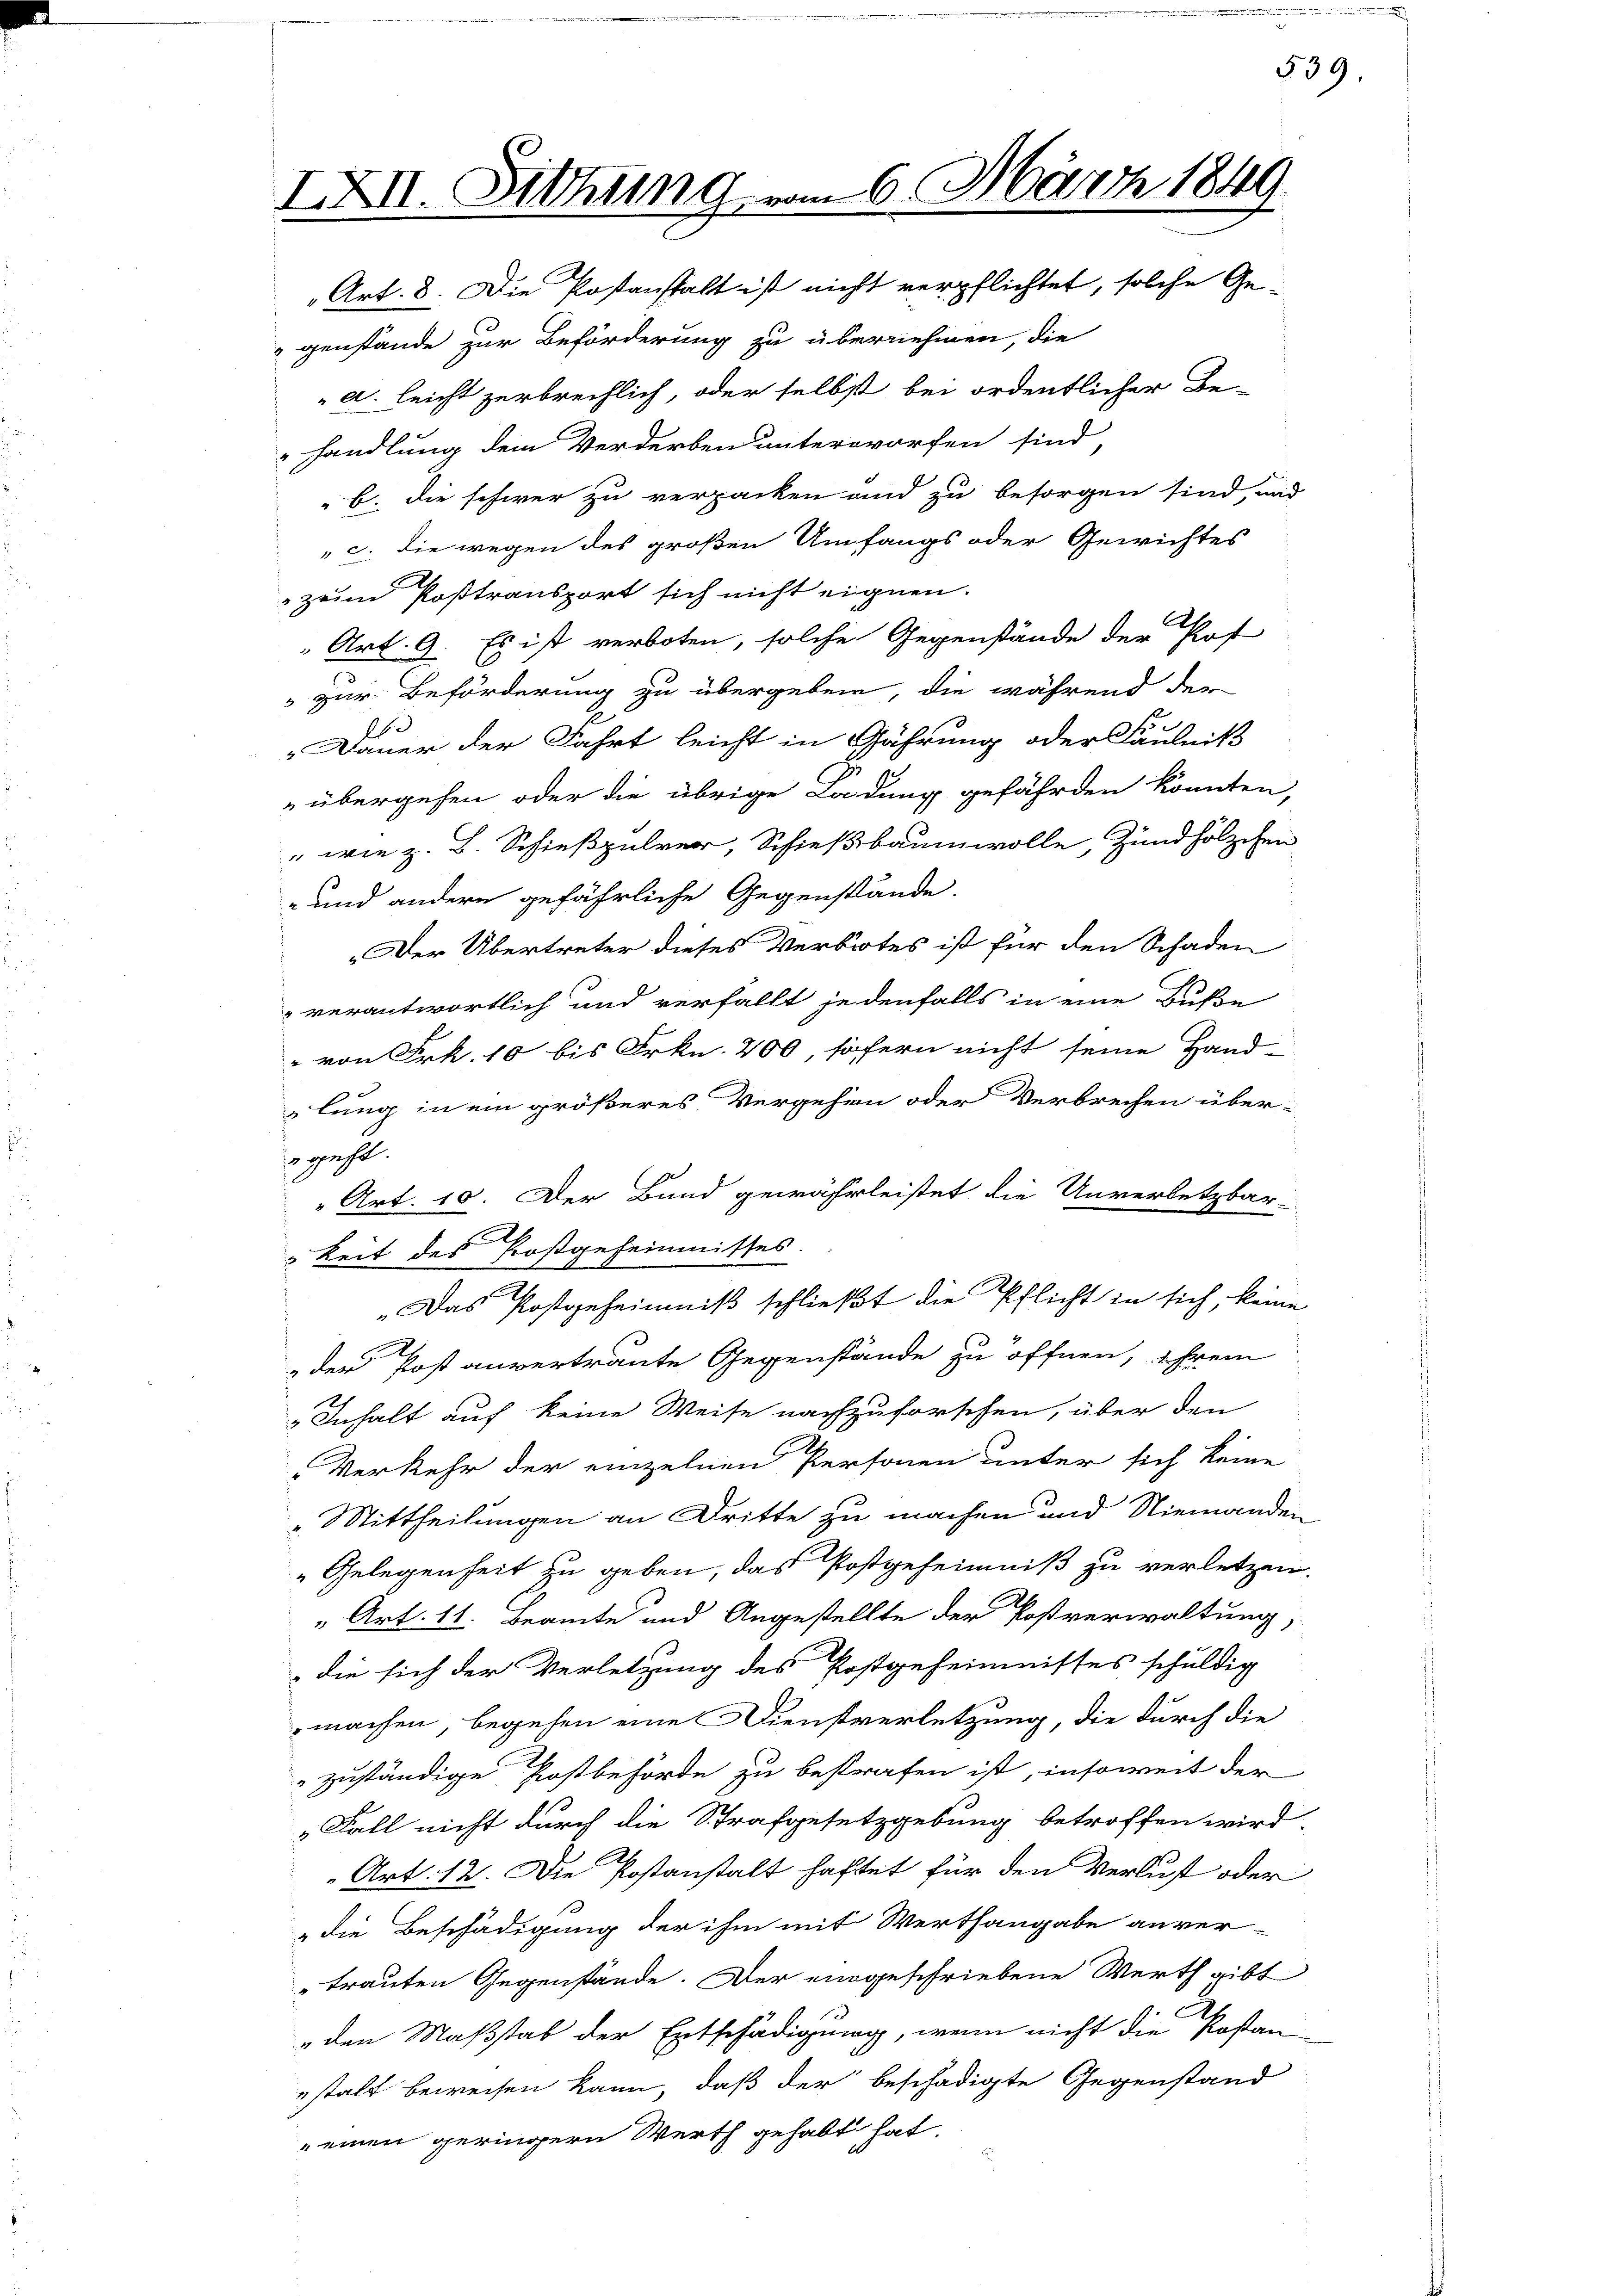
IXII. Sitzung vom 6. März 1849.

Art. 8. Die Postanstalt ist nicht verpflichtet, solche Ge-
genstände zur Beförderung zu übernehmen, die
a. leicht zerbrechlich, oder selbst bei ordentlicher Be-
handlung dem Verderben unterworfen sind,
b. die schwer zu verpacken und zu besorgen sind, und
c. die wegen des großen Umfangs oder Gewichtes
zem Posttransport sich nicht eignen.
Art. 9. Es ist verboten, solche Gegenstände der Prof
3 zur Beförderung zu übergeben, die während der
6
 Dauer der Fahrt leicht in Gährung oder Fäulniß
E
„übergehen oder die übrige Ladung gefährden könnten,
" wie z. B. Schießpulver, Schießbaumwolle, Zündhölzchen
und andern gefährliche Gegenstände.
Der Übertreter dieses Verbrotes ist für den Schaden
" verantwortlich und verfällt jedenfalls in eine Buße
" von Frk. 10 bis Frkn. 200, sofern nicht seine Handlung in ein größeres Vergehen oder Verbrechen über-
geht.
" Art. 10. Der Bund gewährleistet die Unverletzbar-
keit des Proßgeheimisses.
„Das Postgeheimniß schließt die Pflicht in sich, keine
der Post anvertraute Gegenstände zu öffnen, ihrem
„Inhalt auf keine Weise nachzuforschen, über den
Verkehr der einzelnen Personen unter sich keine
„Mittheilungen an Dritte zu machen und Niemanden
"Gelegenheit zu geben, das Postgeheimniß zu verletzen.
" Art. 11. Beamte und Angestellte der Postverwaltung,
die sich der Verletzung des Postgeheimnisses schuldig
machen, begehen eine Dienstverletzung, die durch die
zuständige Postbehörde zu bestrafen ist, insoweit der
„Fall nicht durch die Strafgesetzgebung betroffen wird
Art. 12. Die Postanstalt haftet für den Verlust oder
die Beschädigung der ihm mit Werthangabe anver-
trauten Gegenstände. Der eingeschriebene Werth gibt
„den Maßstab der Entschädigung, wenn nicht die Kostan-
estalt beweisen kann, daß der beschädigte Gegenstand
einen geringern Werth gehabt hat.

539.